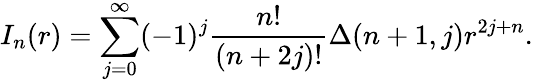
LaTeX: I_{n}(r)=\sum_{j=0}^{\infty}(-1)^{j}\frac{n!}{(n+2j)!}\Delta(n+1,j)r^{2j+n}.